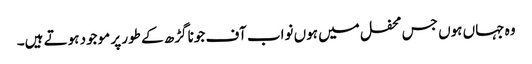
وہ جہاں ہوں جس محفل میں ہوں نواب آف جونا گڑھ کے طور پر موجود ہوتے ہیں۔